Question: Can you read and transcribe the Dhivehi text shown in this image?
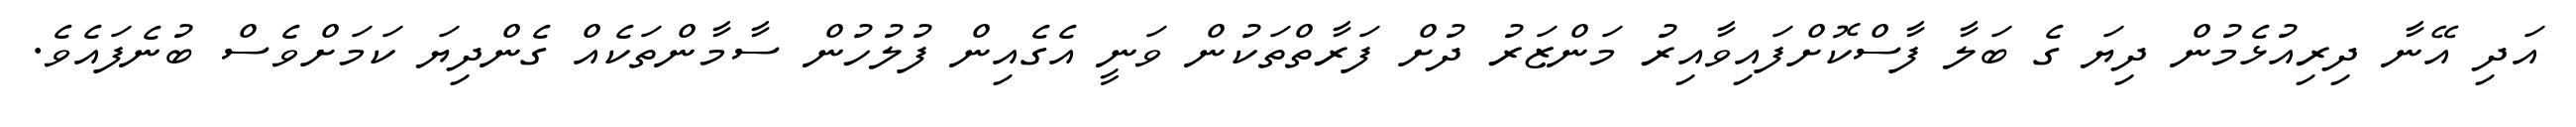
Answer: އަދި އޭނާ ދިރިއުޅެމުން ދިޔަ ގެ ބަލާ ފާސްކޮށްފައިވާއިރު މަންޒަރު ދުށް ފަރާތްތަކުން ވަނީ އެގެއިން ފުލުހުން ސާމާންތަކެއް ގެންދިޔަ ކަމަށްވެސް ބުނެފައެވެ.